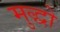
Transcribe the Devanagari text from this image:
मुद्धो